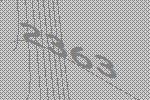
2363